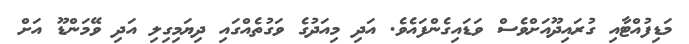
މަޑިފުއްޓާއި ގުރައިދޫއަށްވެސް ވަޑައިގެންފައެވެ. އަދި މިއަދުގެ ވަގުތެއްގައި ދިޔަމިގިލި އަދި ވޭމަންޑޫ އަށް